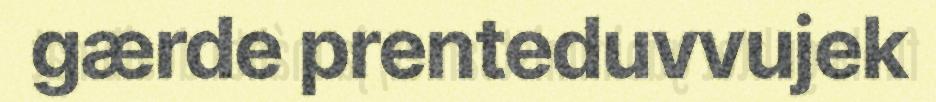
gærde prenteduvvujek